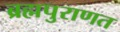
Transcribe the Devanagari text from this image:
ब्रह्मपुराणत